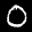
Label: 0